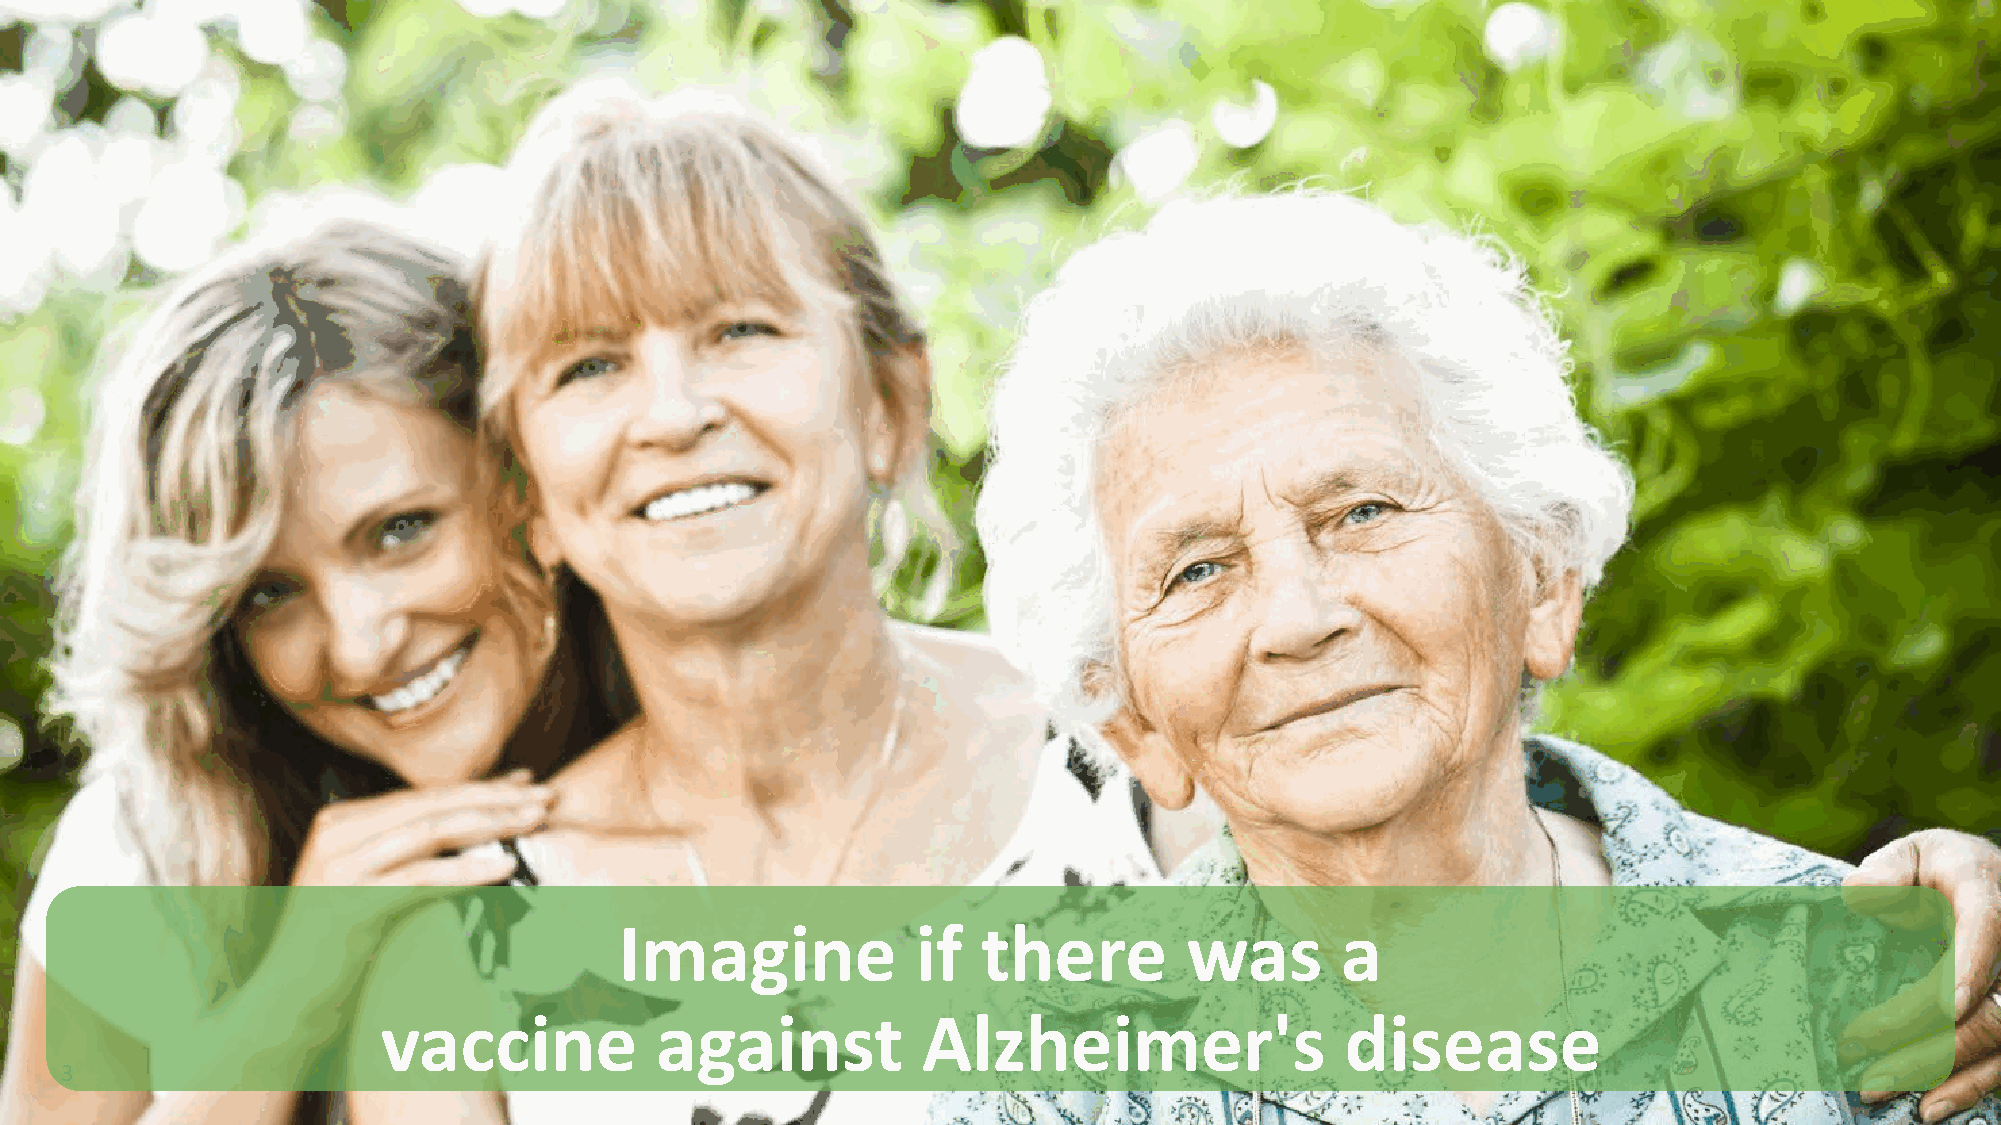
Imagine             if  there         was       a
 vaccine           against           Alzheimer's                 disease
 3